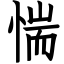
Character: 惴